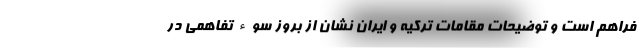
فراهم است و توضیحات مقامات ترکیه و ایران نشان از بروز سوء تفاهمی در